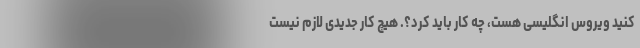
کنید ویروس انگلیسی هست، چه کار باید کرد؟. هیچ کار جدیدی لازم نیست